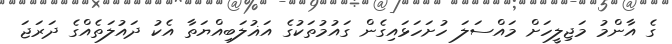
ގެ އާންމު މަޖިލީހަށް މައްސަލަ ހުށަހަޅައިގެން ގައުމުތަކުގެ އަޣުލަބިއްޔަތާ އެކު ދައުލަތެއްގެ ދަރަޖަ